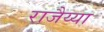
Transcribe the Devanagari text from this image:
राजैय्या